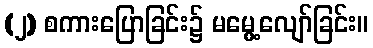
(၂) စကားပြောခြင်း၌ မမွေ့လျော်ခြင်း။